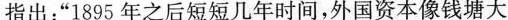
指出：”1895年之后短短几年时间，外国资本像钱塘大